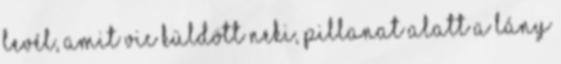
levél, amit Vic küldött neki, pillanat alatt a lány